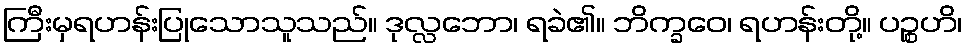
ကြီးမှရဟန်းပြုသောသူသည်။ ဒုလ္လဘော၊ ရခဲ၏။ ဘိက္ခဝေ၊ ရဟန်းတို့။ ပဉ္စဟိ၊